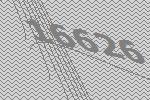
16626